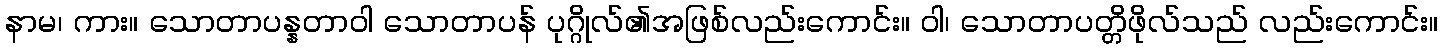
နာမ၊ ကား။ သောတာပန္နတာဝါ သောတာပန် ပုဂ္ဂိုလ်၏အဖြစ်လည်းကောင်း။ ဝါ၊ သောတာပတ္တိဖိုလ်သည် လည်းကောင်း။